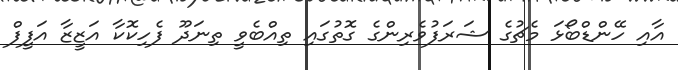
އާއި ހޭންޑްބޯޅަ މެޗުގެ ޝަރަފުވެރިންގެ ގޮތުގައި ތިއްބެވީ ތިނަދޫ ފެހިކޮކާ އަޒީޒާ އަފީފް